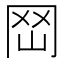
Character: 𡶬